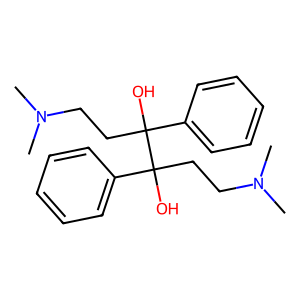
SMILES: CN(C)CCC(O)(c1ccccc1)C(O)(CCN(C)C)c1ccccc1
Inhibits HIV replication: No